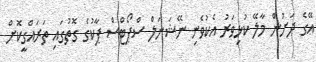
އޭގެ ދަށުން މާލޭ ކުޅިވަރު އެކުވެނި ނޭޝަނަލް ސްޕޯޓްސް ޕާކުގެ ގޮތުގައި ތަރައްގީކޮށް